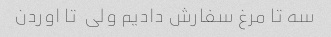
سه تا مرغ سفارش دادیم ولی  تا اوردن